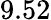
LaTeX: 9.52